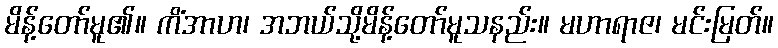
မိန့်တော်မူ၏။ ကိံအာဟ၊ အဘယ်သို့မိန့်တော်မူသနည်း။ မဟာရာဇ၊ မင်းမြတ်။